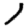
Digit: 1